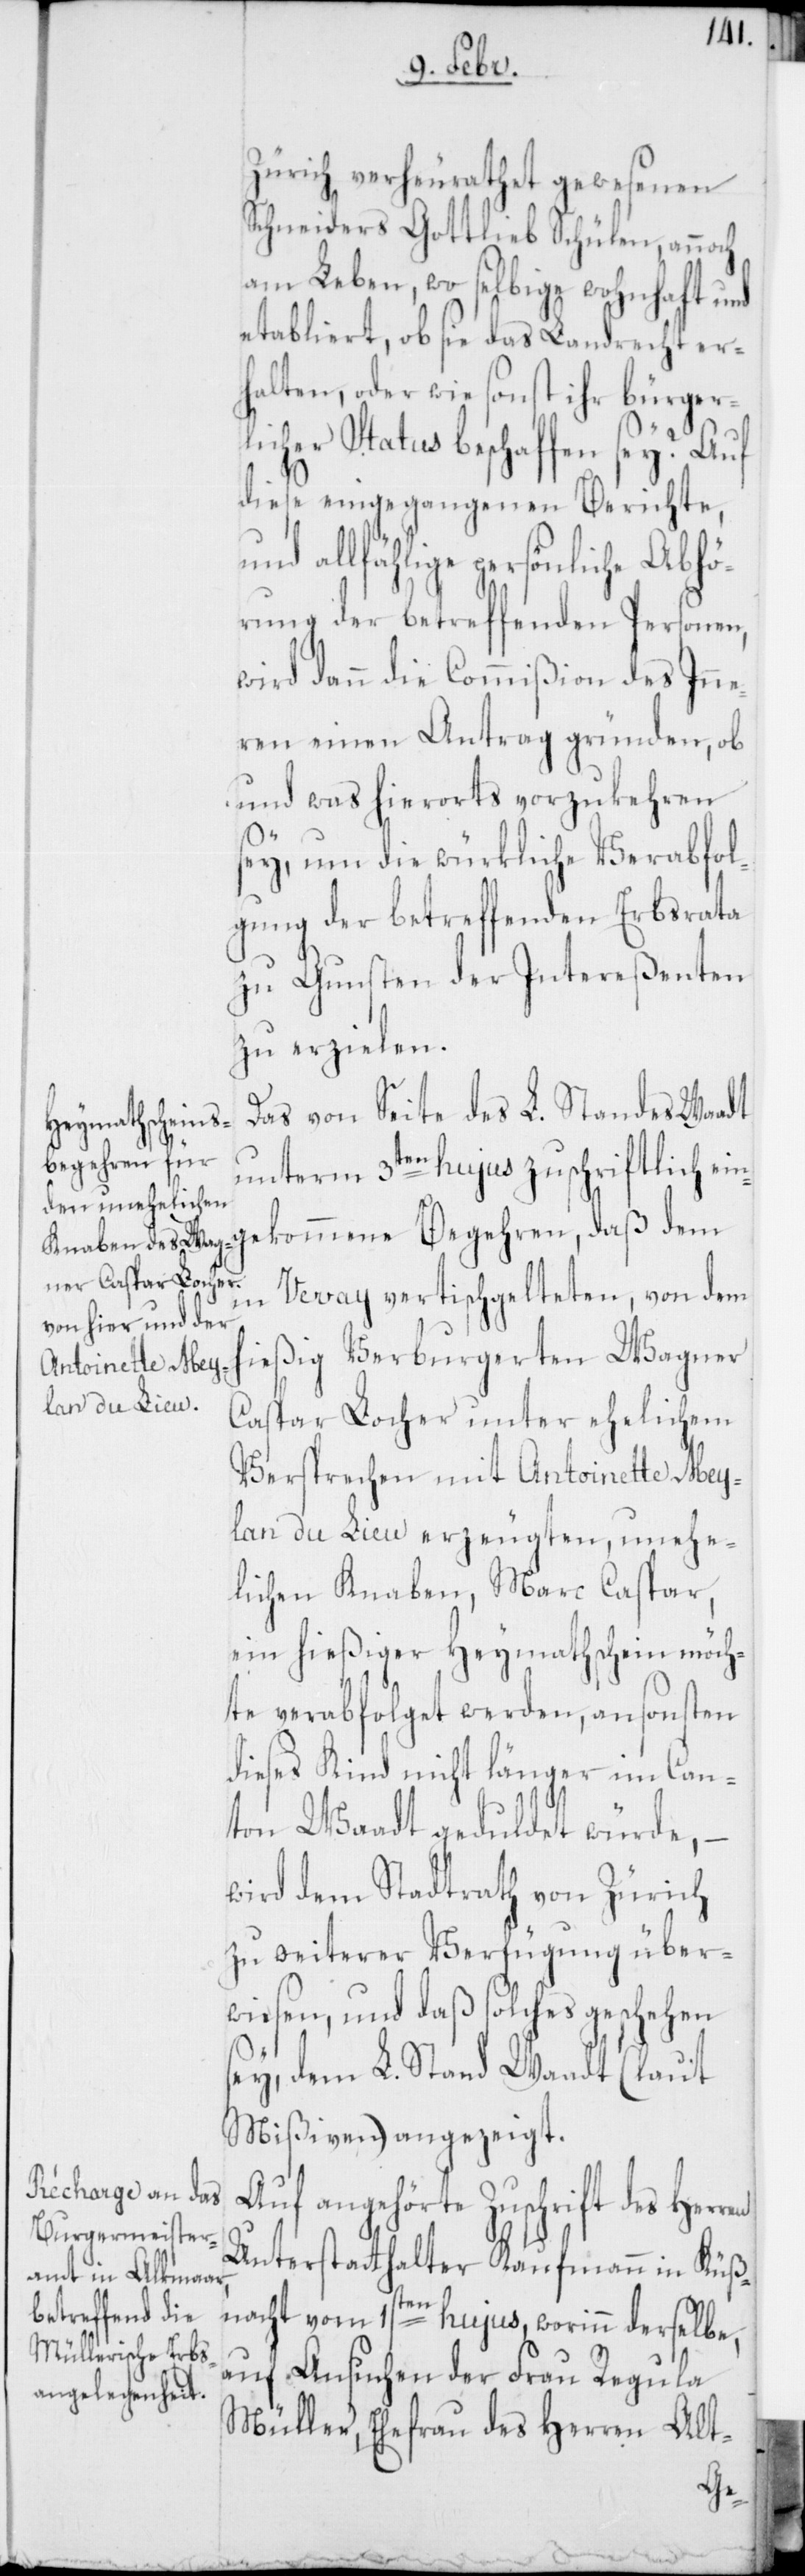
Zürich verheurathet gewesenen
Schneiders Gottlieb Schülen, annoch
am Leben, wo selbige wohnhaft und
etabliert, ob sie das Landrecht er¬
halten, oder wie sonst ihr bürger¬
licher Status beschaffen sey? Auf
diese eingegangenen Berichte,
ngekommene Begehren, daß
rung der betreffenden Personen,
wird dann die Commißion des Inne¬
ren einen Antrag gründen, ob
und was hierorts vorzukehren
sey, um die würkliche Verabfol¬
gung der betreffenden Erbsrata
zu Gunsten der Intereßenten
zu erzielen.
Das von Seite des L. Standes Waadt
unterm 3ten hujus zuschriftlich ei¬
Vevay vertischgelteten, von dem
ießig Verburgerten Wagner
Caspar Locher unter ehelichem
Versprechen mit Antoinette Mey¬
land du Lieu erzeugten, unehe¬
lichen Knaben Marc Caspar,
ein hießiger Heymathschein möch¬
te verabfolget werden, ansonsten
dieses Kind nicht länger im Can¬
ton Waadt geduldet würde,
wird dem Stadtrath von Zürich
zu weiterer Verfügung über¬
wiesen, und daß solches geschehen
sey, dem L. Stand Waadt (laut
Mißiven) angezeigt.
Auf angehörte Zuschrift des Her¬
Unterstatthalter Kaufmann in Küß¬
ren
nacht vom 1sten hujus, worinn derselbe,
auf Ansuchen der Frau Regula
Müller, Ehefrau des Herren Alt-